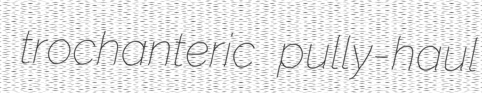
trochanteric pully-haul